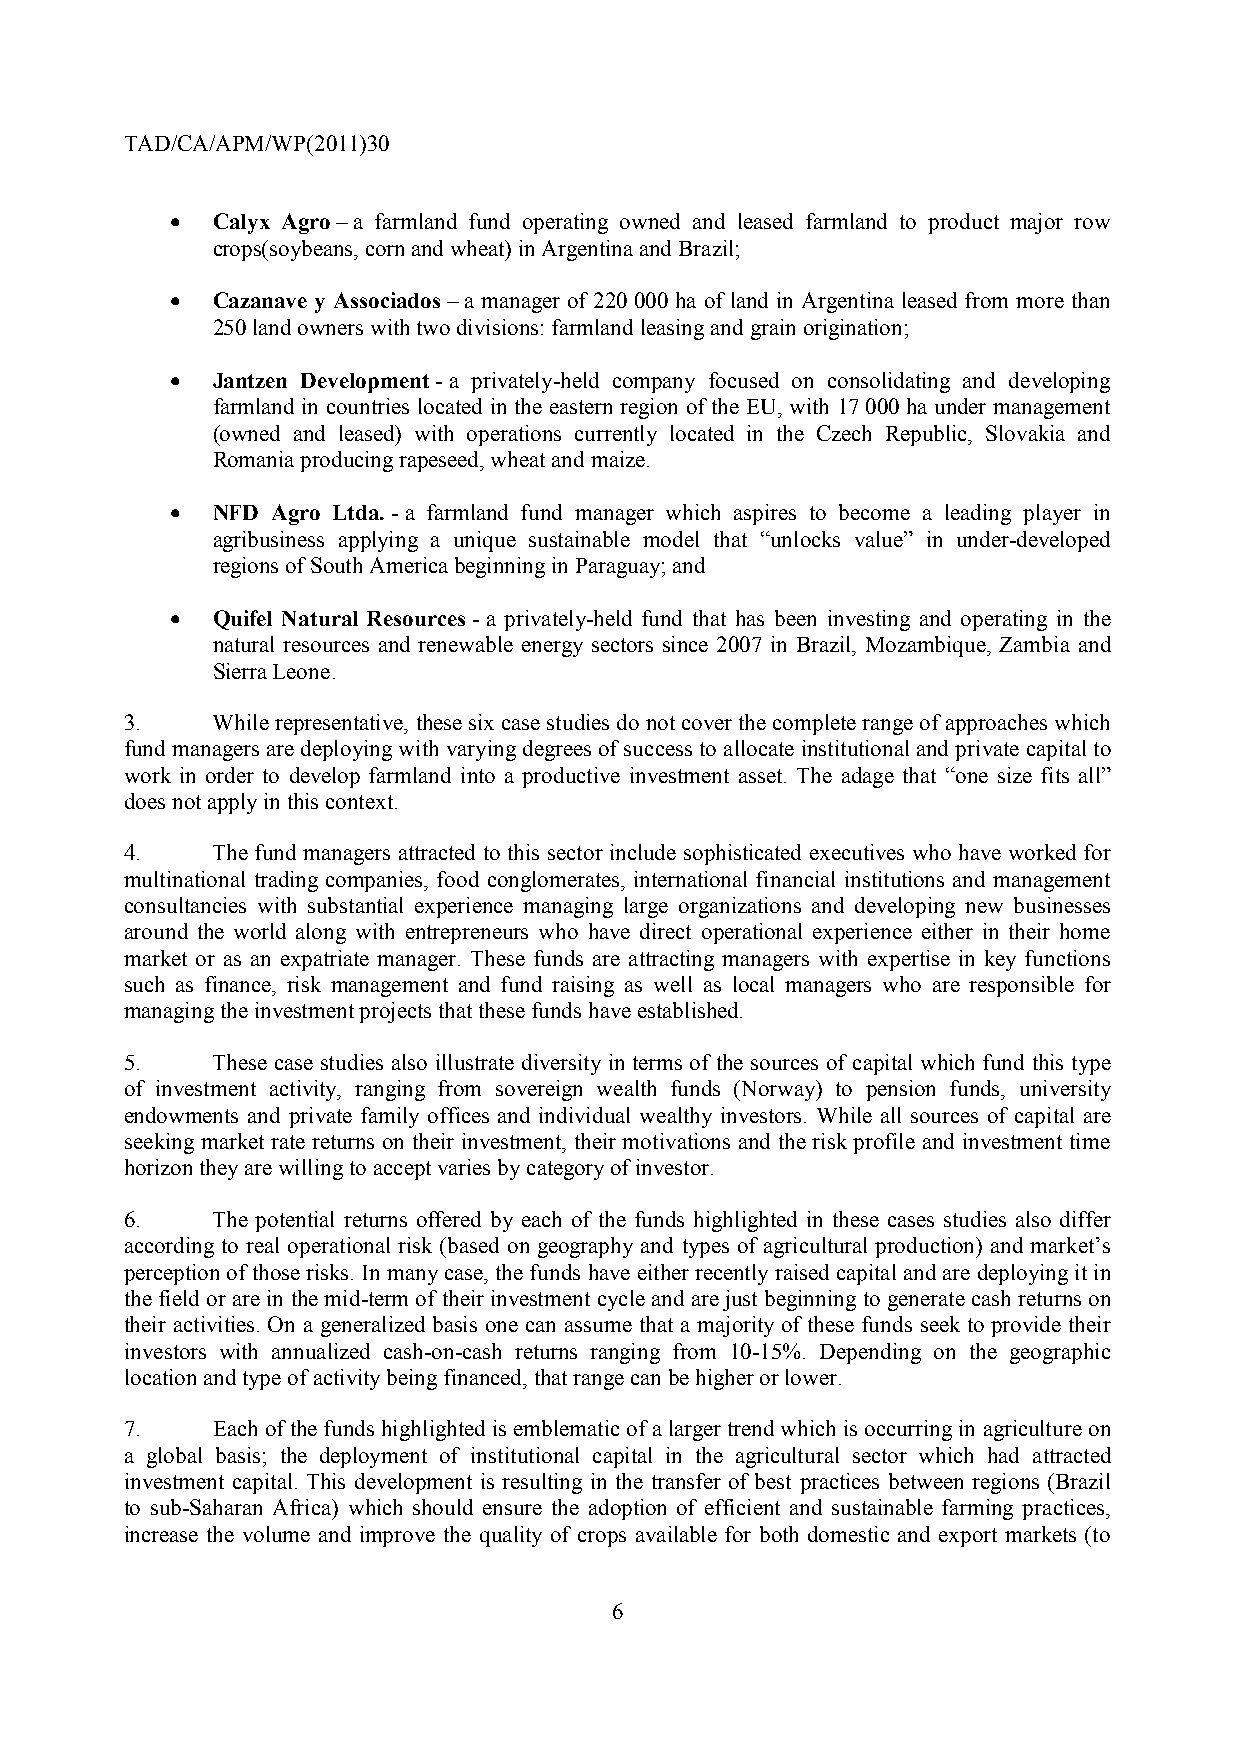
TAD/CA/APM/WP(2011)30
 •  Calyx Agro – a farmland fund operating owned and leased farmland to product major row
 crops(soybeans, corn and wheat) in Argentina and Brazil;
 •  Cazanave y Associados – a manager of 220 000 ha of land in Argentina leased from more than
 250 land owners with two divisions: farmland leasing and grain origination;
 •  Jantzen Development - a privately-held company focused on consolidating and developing
 farmland in countries located in the eastern region of the EU, with 17 000 ha under management
 (owned and leased) with operations currently located in the Czech Republic, Slovakia and
 Romania producing rapeseed, wheat and maize.
 •  NFD Agro Ltda. - a farmland fund manager which aspires to become a leading player in
 agribusiness applying a unique sustainable model that “unlocks value” in under-developed
 regions of South America beginning in Paraguay; and
 •  Quifel Natural Resources - a privately-held fund that has been investing and operating in the
 natural resources and renewable energy sectors since 2007 in Brazil, Mozambique, Zambia and
 Sierra Leone.
 3.    While representative, these six case studies do not cover the complete range of approaches which
 fund managers are deploying with varying degrees of success to allocate institutional and private capital to
 work in order to develop farmland into a productive investment asset. The adage that “one size fits all”
 does not apply in this context.
 4.    The fund managers attracted to this sector include sophisticated executives who have worked for
 multinational trading companies, food conglomerates, international financial institutions and management
 consultancies with substantial experience managing large organizations and developing new businesses
 around the world along with entrepreneurs who have direct operational experience either in their home
 market or as an expatriate manager. These funds are attracting managers with expertise in key functions
 such as finance, risk management and fund raising as well as local managers who are responsible for
 managing the investment projects that these funds have established.
 5.    These case studies also illustrate diversity in terms of the sources of capital which fund this type
 of investment activity, ranging from sovereign wealth funds (Norway) to pension funds, university
 endowments and private family offices and individual wealthy investors. While all sources of capital are
 seeking market rate returns on their investment, their motivations and the risk profile and investment time
 horizon they are willing to accept varies by category of investor.
 6.    The potential returns offered by each of the funds highlighted in these cases studies also differ
 according to real operational risk (based on geography and types of agricultural production) and market’s
 perception of those risks. In many case, the funds have either recently raised capital and are deploying it in
 the field or are in the mid-term of their investment cycle and are just beginning to generate cash returns on
 their activities. On a generalized basis one can assume that a majority of these funds seek to provide their
 investors with annualized cash-on-cash returns ranging from 10-15%. Depending on the geographic
 location and type of activity being financed, that range can be higher or lower.
 7.    Each of the funds highlighted is emblematic of a larger trend which is occurring in agriculture on
 a global basis; the deployment of institutional capital in the agricultural sector which had attracted
 investment capital. This development is resulting in the transfer of best practices between regions (Brazil
 to sub-Saharan Africa) which should ensure the adoption of efficient and sustainable farming practices,
 increase the volume and improve the quality of crops available for both domestic and export markets (to
 6